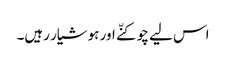
اس لیے چوکنّے اور ہوشیار رہیں۔